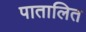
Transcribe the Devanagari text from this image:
पातालित